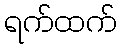
ရက်ထက်